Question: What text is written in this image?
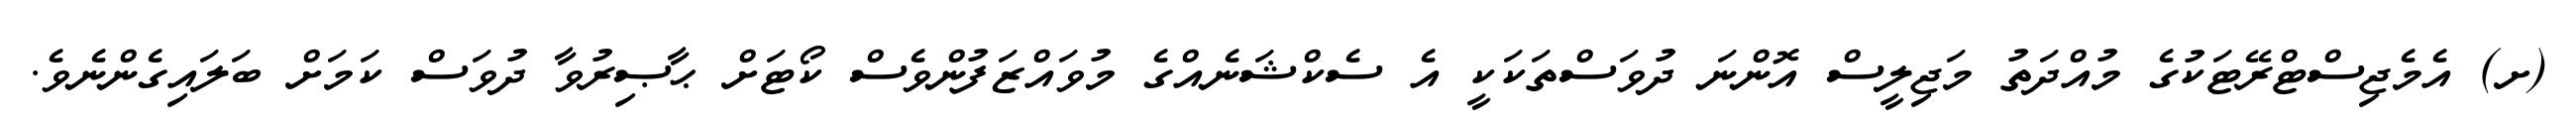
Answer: (ށ) އެމެޖިސްޓްރޭޓަކުގެ މުއްދަތު މަޖިލީސް އޮންނަ ދުވަސްތަކަކީ އެ ސެކްޝަނެއްގެ މުވައްޒަފުންވެސް ކޯޓަށް ޙާޞިރުވާ ދުވަސް ކަމަށް ބަލައިގެންނެވެ.